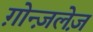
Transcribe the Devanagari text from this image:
ग़ोन्ज़लेज़